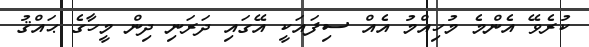
ކުރެވޭ އެންމެ މުހިއްމު އެއް ސިފައަކީ އޭގައި ދަރަނި ދިން މީހާގެ ޙައްޤު